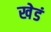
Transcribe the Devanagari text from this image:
खेडं